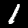
Digit: 1